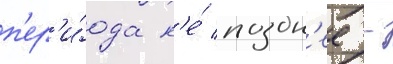
п'ер'и́ода н'е́ поздн'ее -